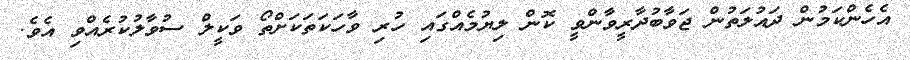
އެހެންކަމުން ދައުލަތުން ޖަވާބުދާރީވާންވީ ކޮން ލިޔުމެއްގައި ހުރި ވާހަކަތަކަށްތޯ ވަކީލް ސުވާލުކުރެއްވި އެވެ.